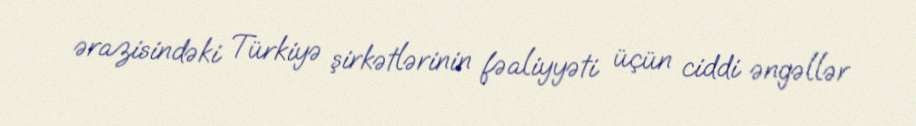
ərazisindəki Türkiyə şirkətlərinin fəaliyyəti üçün ciddi əngəllər